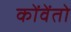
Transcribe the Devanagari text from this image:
कोंवेंतो